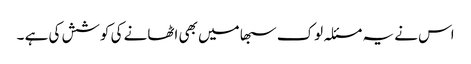
اس نے یہ مسئلہ لوک سبھا میں بھی اٹھانے کی کوشش کی ہے ۔